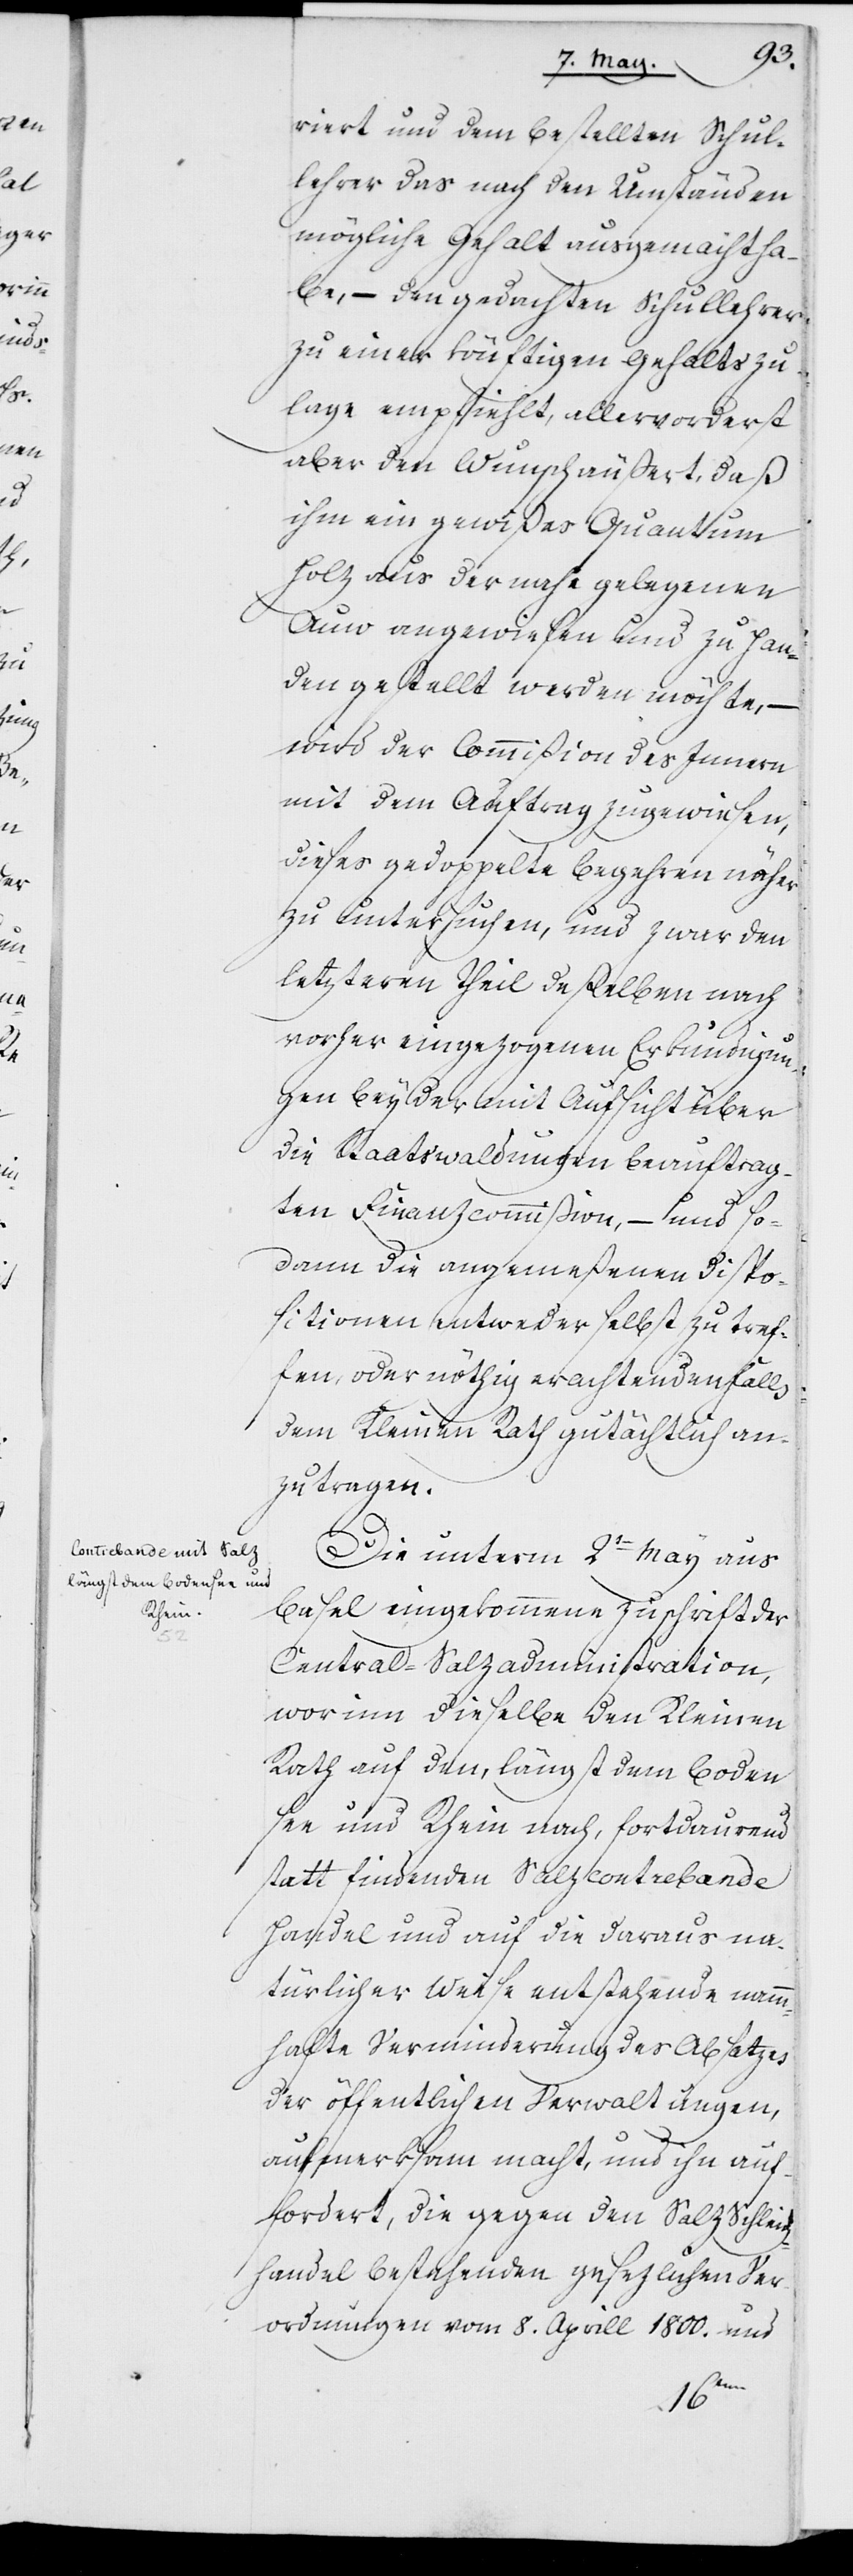
riert und dem bestellten Schul¬
lehrer das nach den Umständen
mögliche Gehalt ausgemacht ha¬
be, – den gedachten Schullehrer
zu einer könftigen Gehaltszu¬
lage empfiehlt, allervorerst
aber den Wunsch äußert, daß
ihm ein gewißes Quantum
Holz aus der nahe gelegenen
Auw angewiesen und zu Han¬
den gestellt werden möchte,
wird der Commißion des Innern
mit dem Auftrag zugewiesen,
dieses gedoppelte Begehren näher
zu untersuchen, und zwar den
letzteren Theil deßelben nach
vorher eingezogenen Erkundigun¬
gen bey der mit Aufsicht über
die Staatswaldungen beauftrag¬
ten Finanzcommißion, – und so¬
dann die angemeßenen Dispo¬
sitionen entweder selbst zu tref¬
fen, oder nöthig erachtenden Falls
dem Kleinen Rath gutächtlich an¬
zutragen.
Die unterm 2ten May aus
Basel eingekommene Zuschrift der
Central-Salzadministration,
worinn dieselbe den Kleinen
Rath auf den, längst dem Boden¬
see und Rhein nach, fortdaurend
statt findenden Salzcontrebande
Handel und auf die daraus na¬
türlicher Weise entstehende namm¬
hafte Verminderung des Absatzes
der öffentlichen Verwaltungen,
aufmerksam macht, und ihn auf¬
fordert, die gegen den Salz Schleich¬
handel bestehenden gesezlichen Ver¬
ordnungen vom 8. Aprill 1800. und